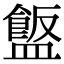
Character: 𪾗